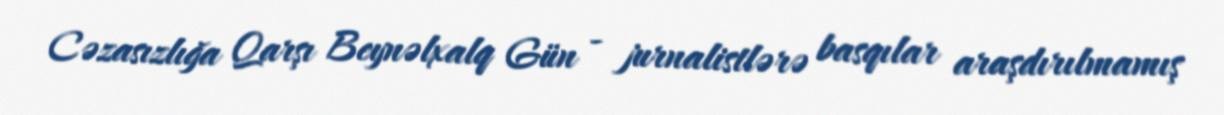
Cəzasızlığa Qarşı Beynəlxalq Gün - jurnalistlərə basqılar araşdırılmamış